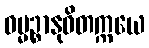
ဓမ္မဉ္စာနုဝိတက္ကယေ